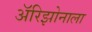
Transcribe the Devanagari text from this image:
अॅरिझोनाला